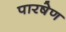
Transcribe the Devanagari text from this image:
पारषेण